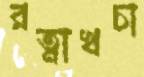
রত্নাখচা